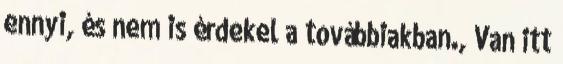
ennyi, és nem is érdekel a továbbiakban., Van itt